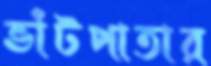
ভাঁটপাতার